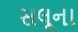
સલૂના